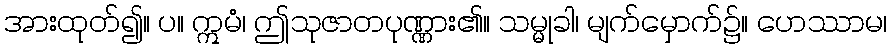
အားထုတ်၍။ ပ။ ဣမံ၊ ဤသုဇာတပုဏ္ဏား၏။ သမ္မုခါ၊ မျက်မှောက်၌။ ဟေဿာမ၊